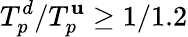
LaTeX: T_{p}^{d}/T_{p}^{\mathbf{u}}\geq1/1.2